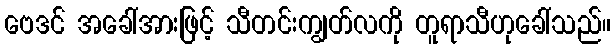
ဗေဒင် အခေါ်အားဖြင့် သီတင်းကျွတ်လကို တူရာသီဟုခေါ်သည်။